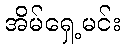
အိမ်ရှေ့မင်း